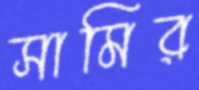
সামির